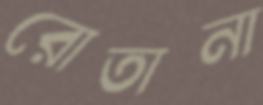
রোতানা